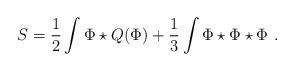
LaTeX: \begin{align*}S=\frac{1}{2}\int \Phi\star Q (\Phi)+\frac{1}{3}\int \Phi\star \Phi\star\Phi \ .\end{align*}